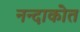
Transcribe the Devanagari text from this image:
नन्दाकोत